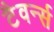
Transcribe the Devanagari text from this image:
टैवर्न्स